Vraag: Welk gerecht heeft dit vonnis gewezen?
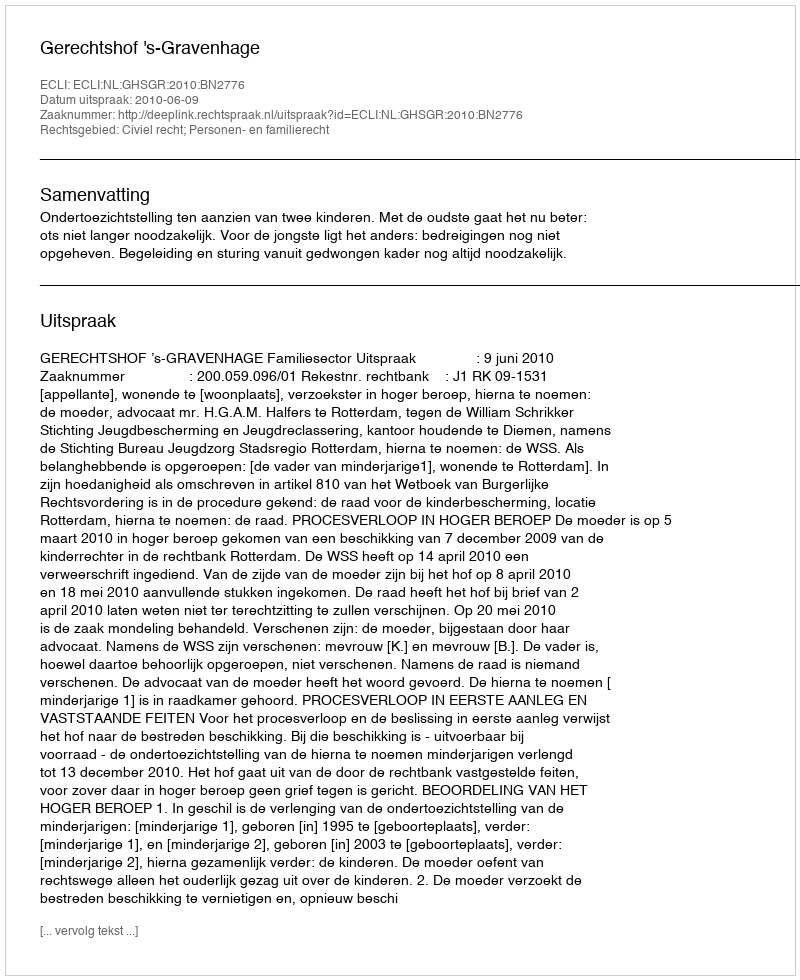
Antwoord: Gerechtshof 's-Gravenhage